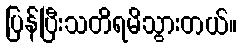
ပြန်ပြီးသတိရမိသွားတယ်။